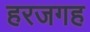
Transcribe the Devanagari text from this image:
हरजगह